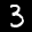
Label: 3